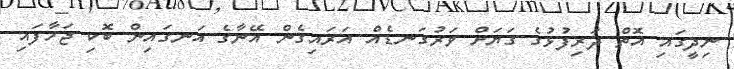
ނިދީގައި އޮތް ދަރިފުޅުގެ ގަޔަށް ވަރުގަނޑެއް އަރައިގެން އޭނާގެ އަނގައިން ބޮކި ޖަހާފައި